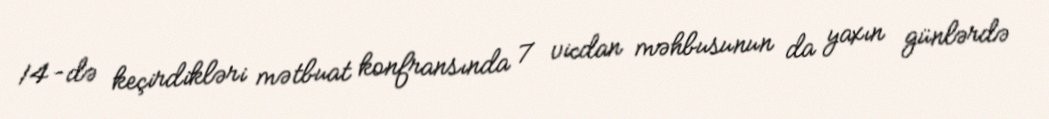
14-də keçirdikləri mətbuat konfransında 7 vicdan məhbusunun da yaxın günlərdə